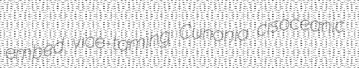
embed vice-taming Cunonia cisoceanic